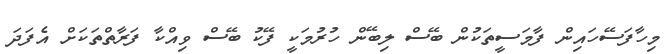
މިހާފަސޭހައިން ފާމަސީތަކުން ބޭސް ލިބޭން ހުރުމަކީ ފޭކު ބޭސް ވިއްކާ ފަރާތްތަކަށް އެފަދަ